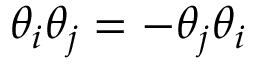
\theta _ { i } \theta _ { j } = - \theta _ { j } \theta _ { i }